Indian journal of veterinary science and animal husbandry - Volume 2,
Year: 1932
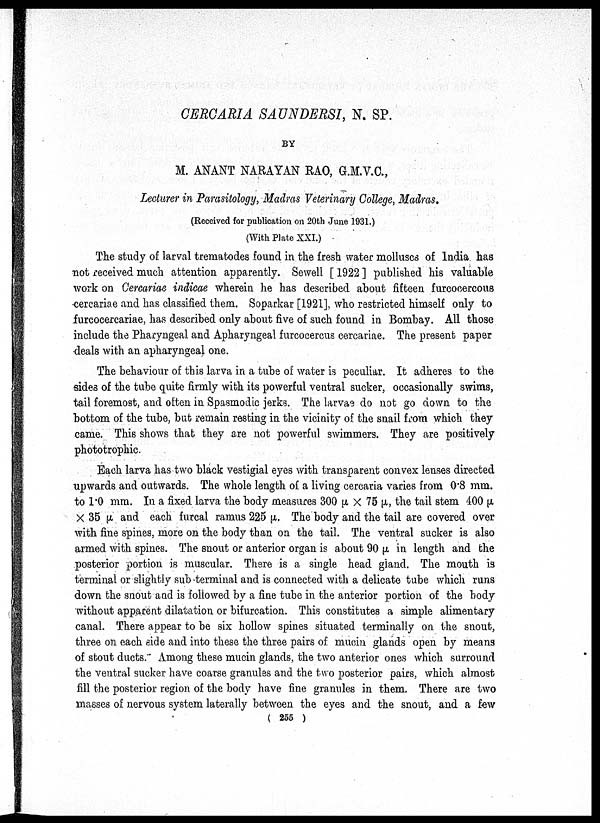
CERCARIA SAUNDERSI, N. SP.
BY
M. ANANT NARAYAN RAO, G.M.V.C.,
Lecturer in Parasitology, Madras Veterinary College, Madras.
(Received for publication on 20th June 1931.)
(With Plate XXI.)
The study of larval trematodes found in the fresh water molluscs of India has
not received much attention apparently. Sewell [ 1922 ] published his valuable
work on Cercariae indicae wherein he has described about fifteen furcocercous
cercariae and has classified them. Soparkar [1921], who restricted himself only to
furcocercariae, has described only about five of such found in Bombay. All those
include the Pharyngeal and Apharyngeal furcocercus cercariae. The present paper
deals with an apharyngeal one.
The behaviour of this larva in a tube of water is peculiar. It adheres to the
sides of the tube quite firmly with its powerful ventral sucker, occasionally swims,
tail foremost, and often in Spasmodic jerks. The larvae do not go down to the
bottom of the tube, but remain resting in the vicinity of the snail from which they
came. This shows that they are not powerful swimmers. They are positively
prototrophic.
Each larva has two black vestigial eyes with transparent convex lenses directed
upwards and outwards. The whole length of a living cercaria varies from 0.8 mm.
to 1.0 mm. In a fixed larva the body measures 300 μ × 75 μ, the tail stem 400 μ
× 35 μ and each furcal ramus 225 μ. The body and the tail are covered over
with fine spines, more on the body than on the tail. The ventral sucker is also
armed with spines. The snout or anterior organ is about 90 μ in length and the
posterior portion is muscular. There is a single head gland. The mouth is
terminal or slightly sub-terminal and is connected with a delicate tube which runs
down the snout and is followed by a fine tube in the anterior portion of the body
without apparent dilatation or bifurcation. This constitutes a simple alimentary
canal. There appear to be six hollow spines situated terminally on the snout,
three on each side and into these the three pairs of mucin glands open by means
of stout ducts." Among these mucin glands, the two anterior ones which surround
the ventral sucker have coarse granules and the two posterior pairs, which almost
fill the posterior region of the body have fine granules in them. There are two
masses of nervous system laterally between the eyes and the snout, and a few
( 255 )